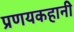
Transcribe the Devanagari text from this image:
प्रणयकहानी